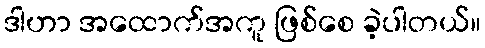
ဒါဟာ အထောက်အကူ ဖြစ်စေ ခဲ့ပါတယ်။